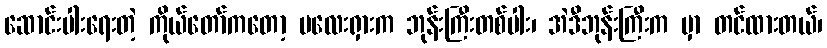
ဆောင်းပါးရေးတဲ့ ကိုယ်တော်ကတော့ မလေးရှားက ဘုန်းကြီးတစ်ပါး၊ အဲဒီဘုန်းကြီးက မှာ တင်ထားတယ်၊